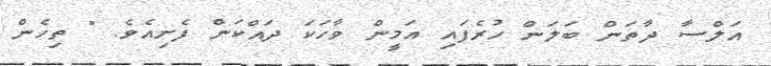
އަލްސާ ދާތަން ބަލަން ހުރެފައި އަމީން ވާހަކަ ދައްކަން ފެށިއެވެ. " ތިހެން